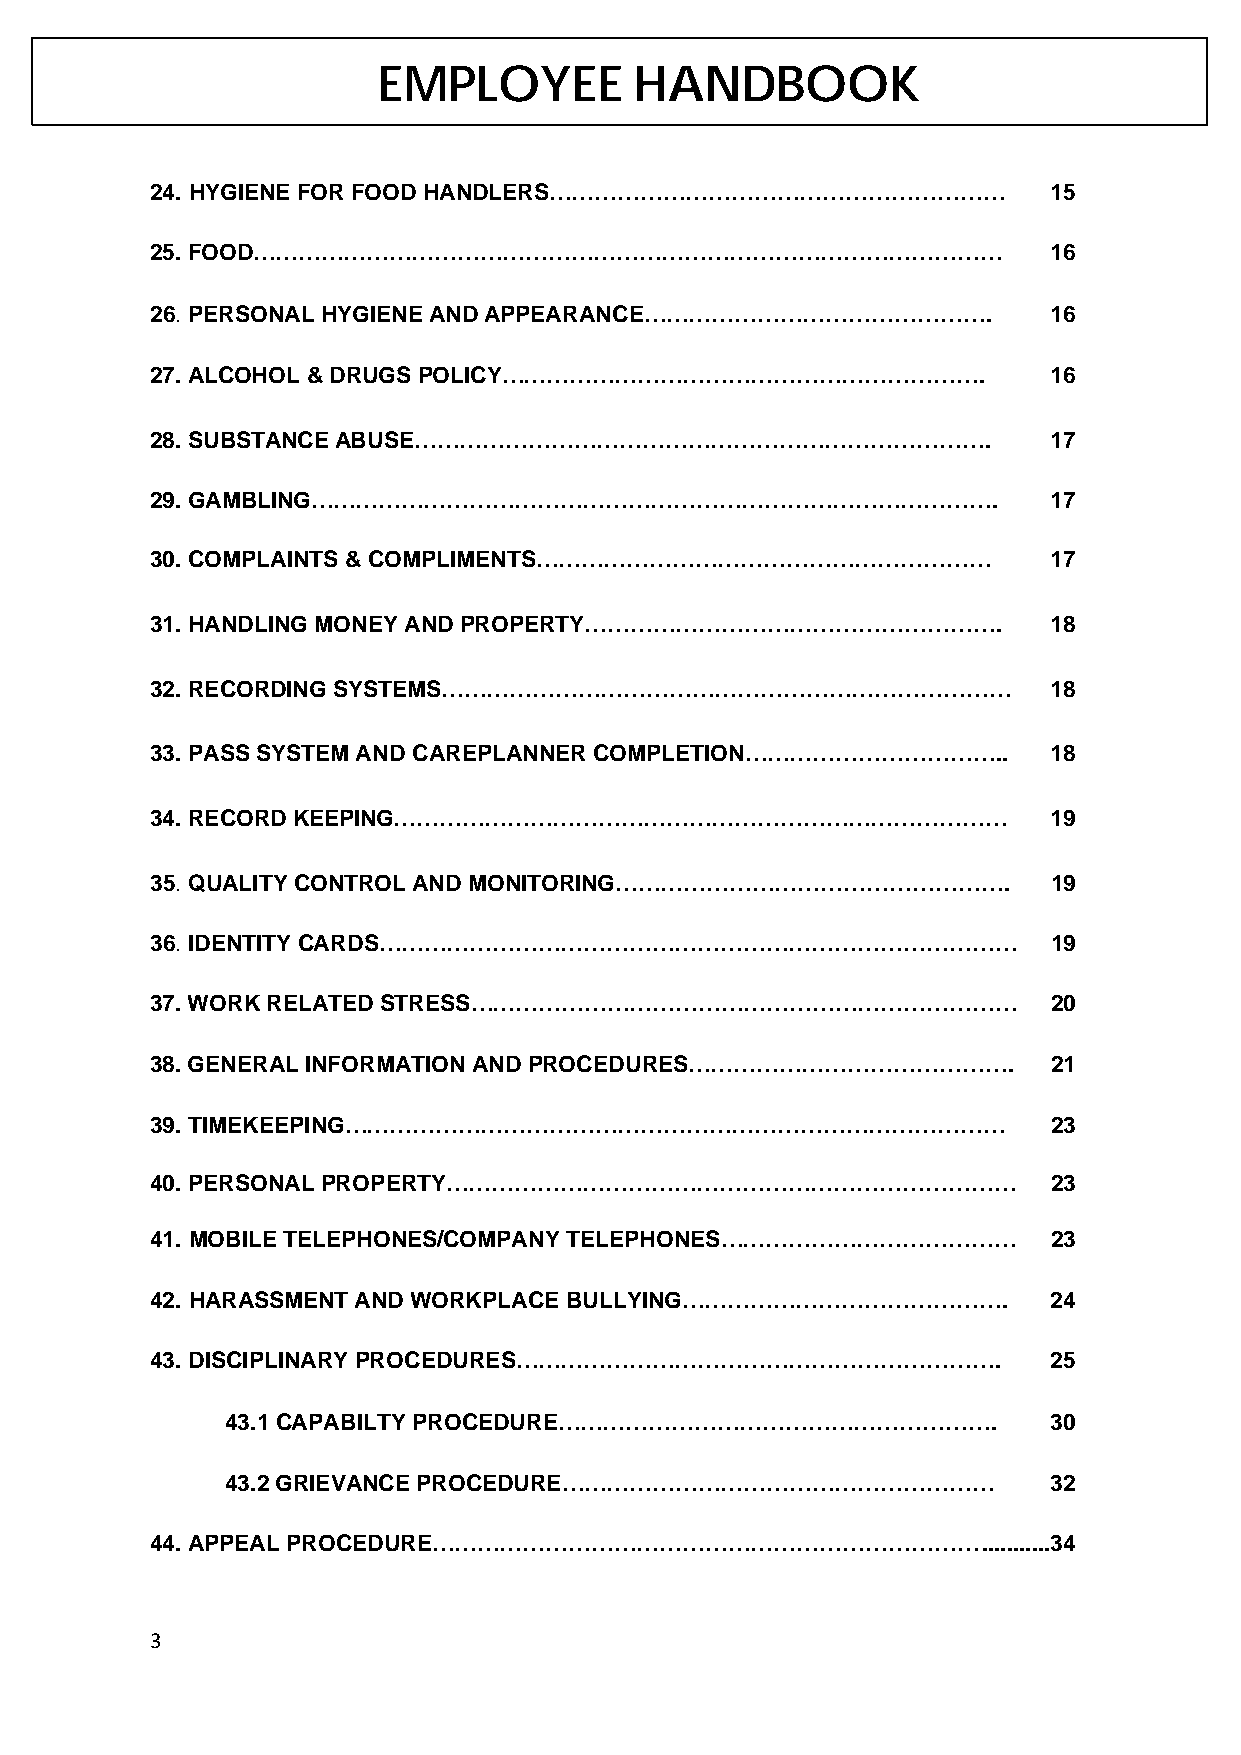
EMPLOYEE         HANDBOOK
 24. HYGIENE FOR FOOD HANDLERS……………………………………………………           15
 25. FOOD………………………………………………………………………………………                   16
 26. PERSONAL HYGIENE AND APPEARANCE……………………………………….         16
 27. ALCOHOL & DRUGS POLICY……………………………………………………….            16
 28. SUBSTANCE ABUSE………………………………………………………………….               17
 29. GAMBLING……………………………………………………………………………….                 17
 30. COMPLAINTS & COMPLIMENTS……………………………………………………            17
 31. HANDLING MONEY AND PROPERTY……………………………………………….          18
 32. RECORDING SYSTEMS…………………………………………………………………              18
 33. PASS SYSTEM AND CAREPLANNER COMPLETION……………………………..     18
 34. RECORD KEEPING………………………………………………………………………               19
 35. QUALITY CONTROL AND MONITORING…………………………………………….        19
 36. IDENTITY CARDS…………………………………………………………………………              19
 37. WORK RELATED STRESS………………………………………………………………             20
 38. GENERAL INFORMATION AND PROCEDURES…………………………………….       21
 39. TIMEKEEPING……………………………………………………………………………                23
 40. PERSONAL PROPERTY…………………………………………………………………              23
 41. MOBILE TELEPHONES/COMPANY TELEPHONES…………………………………       23
 42. HARASSMENT AND WORKPLACE BULLYING…………………………………….        24
 43. DISCIPLINARY PROCEDURES……………………………………………………….           25
 43.1 CAPABILTY PROCEDURE………………………………………………….           30
 43.2 GRIEVANCE PROCEDURE…………………………………………………            32
 44. APPEAL PROCEDURE………………………………………………………………           ........... 34
 3